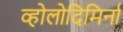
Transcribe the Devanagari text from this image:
व्होलोदिमिर्ना